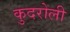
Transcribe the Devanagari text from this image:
कुदरोली